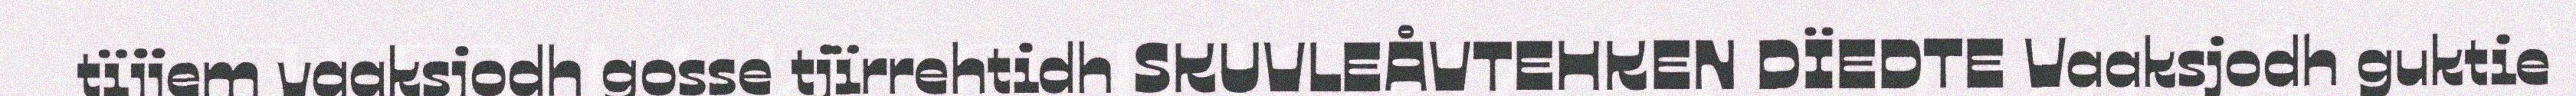
tïjjem vaaksjodh gosse tjïrrehtidh SKUVLEÅVTEHKEN DÏEDTE Vaaksjodh guktie